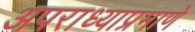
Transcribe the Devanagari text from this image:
अपराध्याप्रमाणे